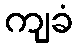
ကျခံ